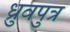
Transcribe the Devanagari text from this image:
ध्रुवपुत्र